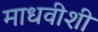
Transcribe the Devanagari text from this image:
माधवीशी